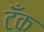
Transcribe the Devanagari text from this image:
टॅँक